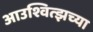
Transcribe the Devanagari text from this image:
आउश्वित्झच्या